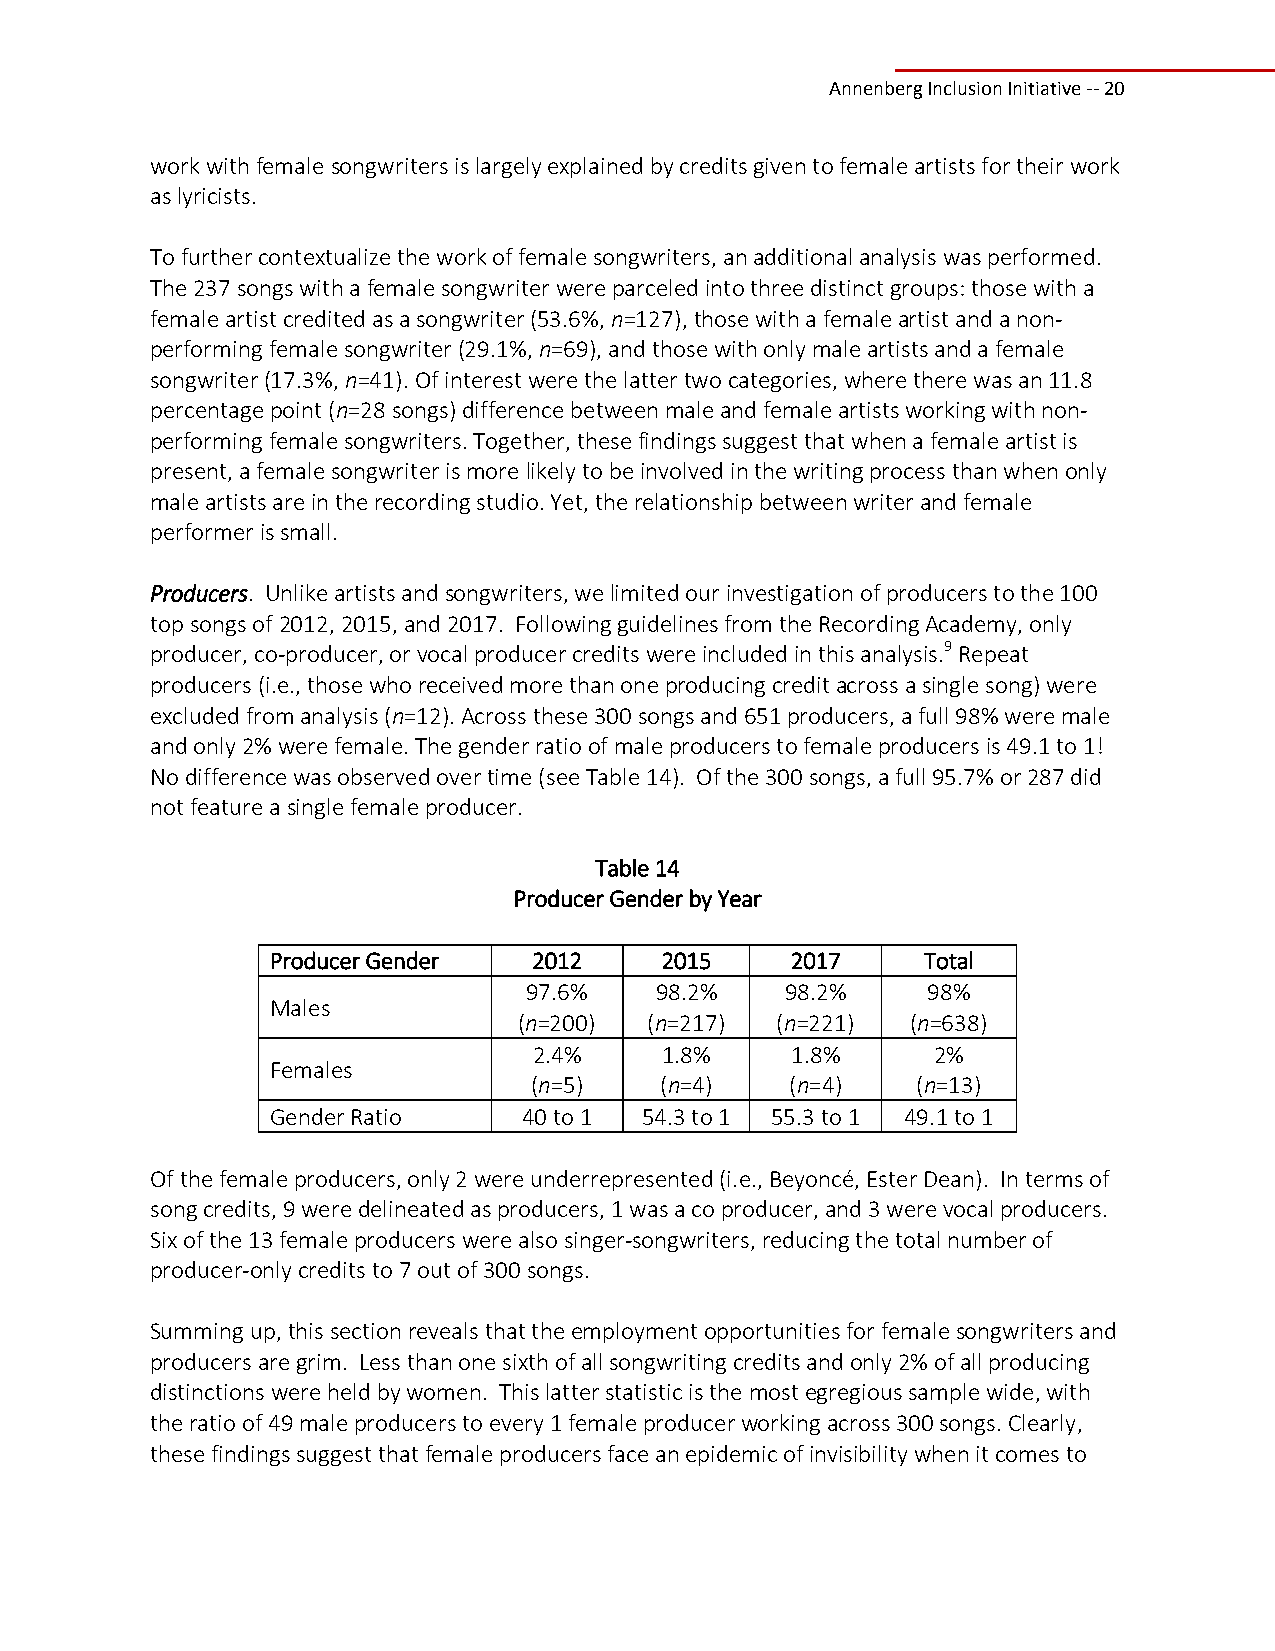
Annenberg Inclusion Initiative ‐‐ 20
 work with female songwriters is largely explained by credits given to female artists for their work
 as lyricists.
 To further contextualize the work of female songwriters, an additional analysis was performed.
 The 237 songs with a female songwriter were parceled into three distinct groups: those with a
 female artist credited as a songwriter (53.6%, n=127), those with a female artist and a non‐
 performing female songwriter (29.1%, n=69), and those with only male artists and a female
 songwriter (17.3%, n=41). Of interest were the latter two categories, where there was an 11.8
 percentage point (n=28 songs) difference between male and female artists working with non‐
 performing female songwriters. Together, these findings suggest that when a female artist is
 present, a female songwriter is more likely to be involved in the writing process than when only
 male artists are in the recording studio. Yet, the relationship between writer and female
 performer is small.
 Producers. Unlike artists and songwriters, we limited our investigation of producers to the 100
 top songs of 2012, 2015, and 2017. Following guidelines from the Recording Academy, only
 producer, co‐producer, or vocal producer credits were included in this analysis.9 Repeat
 producers (i.e., those who received more than one producing credit across a single song) were
 excluded from analysis (n=12). Across these 300 songs and 651 producers, a full 98% were male
 and only 2% were female. The gender ratio of male producers to female producers is 49.1 to 1!
 No difference was observed over time (see Table 14). Of the 300 songs, a full 95.7% or 287 did
 not feature a single female producer.
 Table 14
 Producer Gender by Year
 Producer Gender  2012     2015    2017     Total
 97.6%   98.2%    98.2%    98%
 Males
 (n=200)  (n=217) (n=221)  (n=638)
 2.4%     1.8%    1.8%      2%
 Females
 (n=5)    (n=4)   (n=4)    (n=13)
 Gender Ratio     40 to 1 54.3 to 1 55.3 to 1 49.1 to 1
 Of the female producers, only 2 were underrepresented (i.e., Beyoncé, Ester Dean). In terms of
 song credits, 9 were delineated as producers, 1 was a co producer, and 3 were vocal producers.
 Six of the 13 female producers were also singer‐songwriters, reducing the total number of
 producer‐only credits to 7 out of 300 songs.
 Summing up, this section reveals that the employment opportunities for female songwriters and
 producers are grim. Less than one sixth of all songwriting credits and only 2% of all producing
 distinctions were held by women. This latter statistic is the most egregious sample wide, with
 the ratio of 49 male producers to every 1 female producer working across 300 songs. Clearly,
 these findings suggest that female producers face an epidemic of invisibility when it comes to